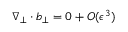
\nabla _ { \perp } \cdot \boldsymbol { b } _ { \perp } = 0 + O ( \epsilon ^ { 3 } )